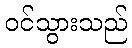
ဝင်သွားသည်